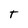
Character: T